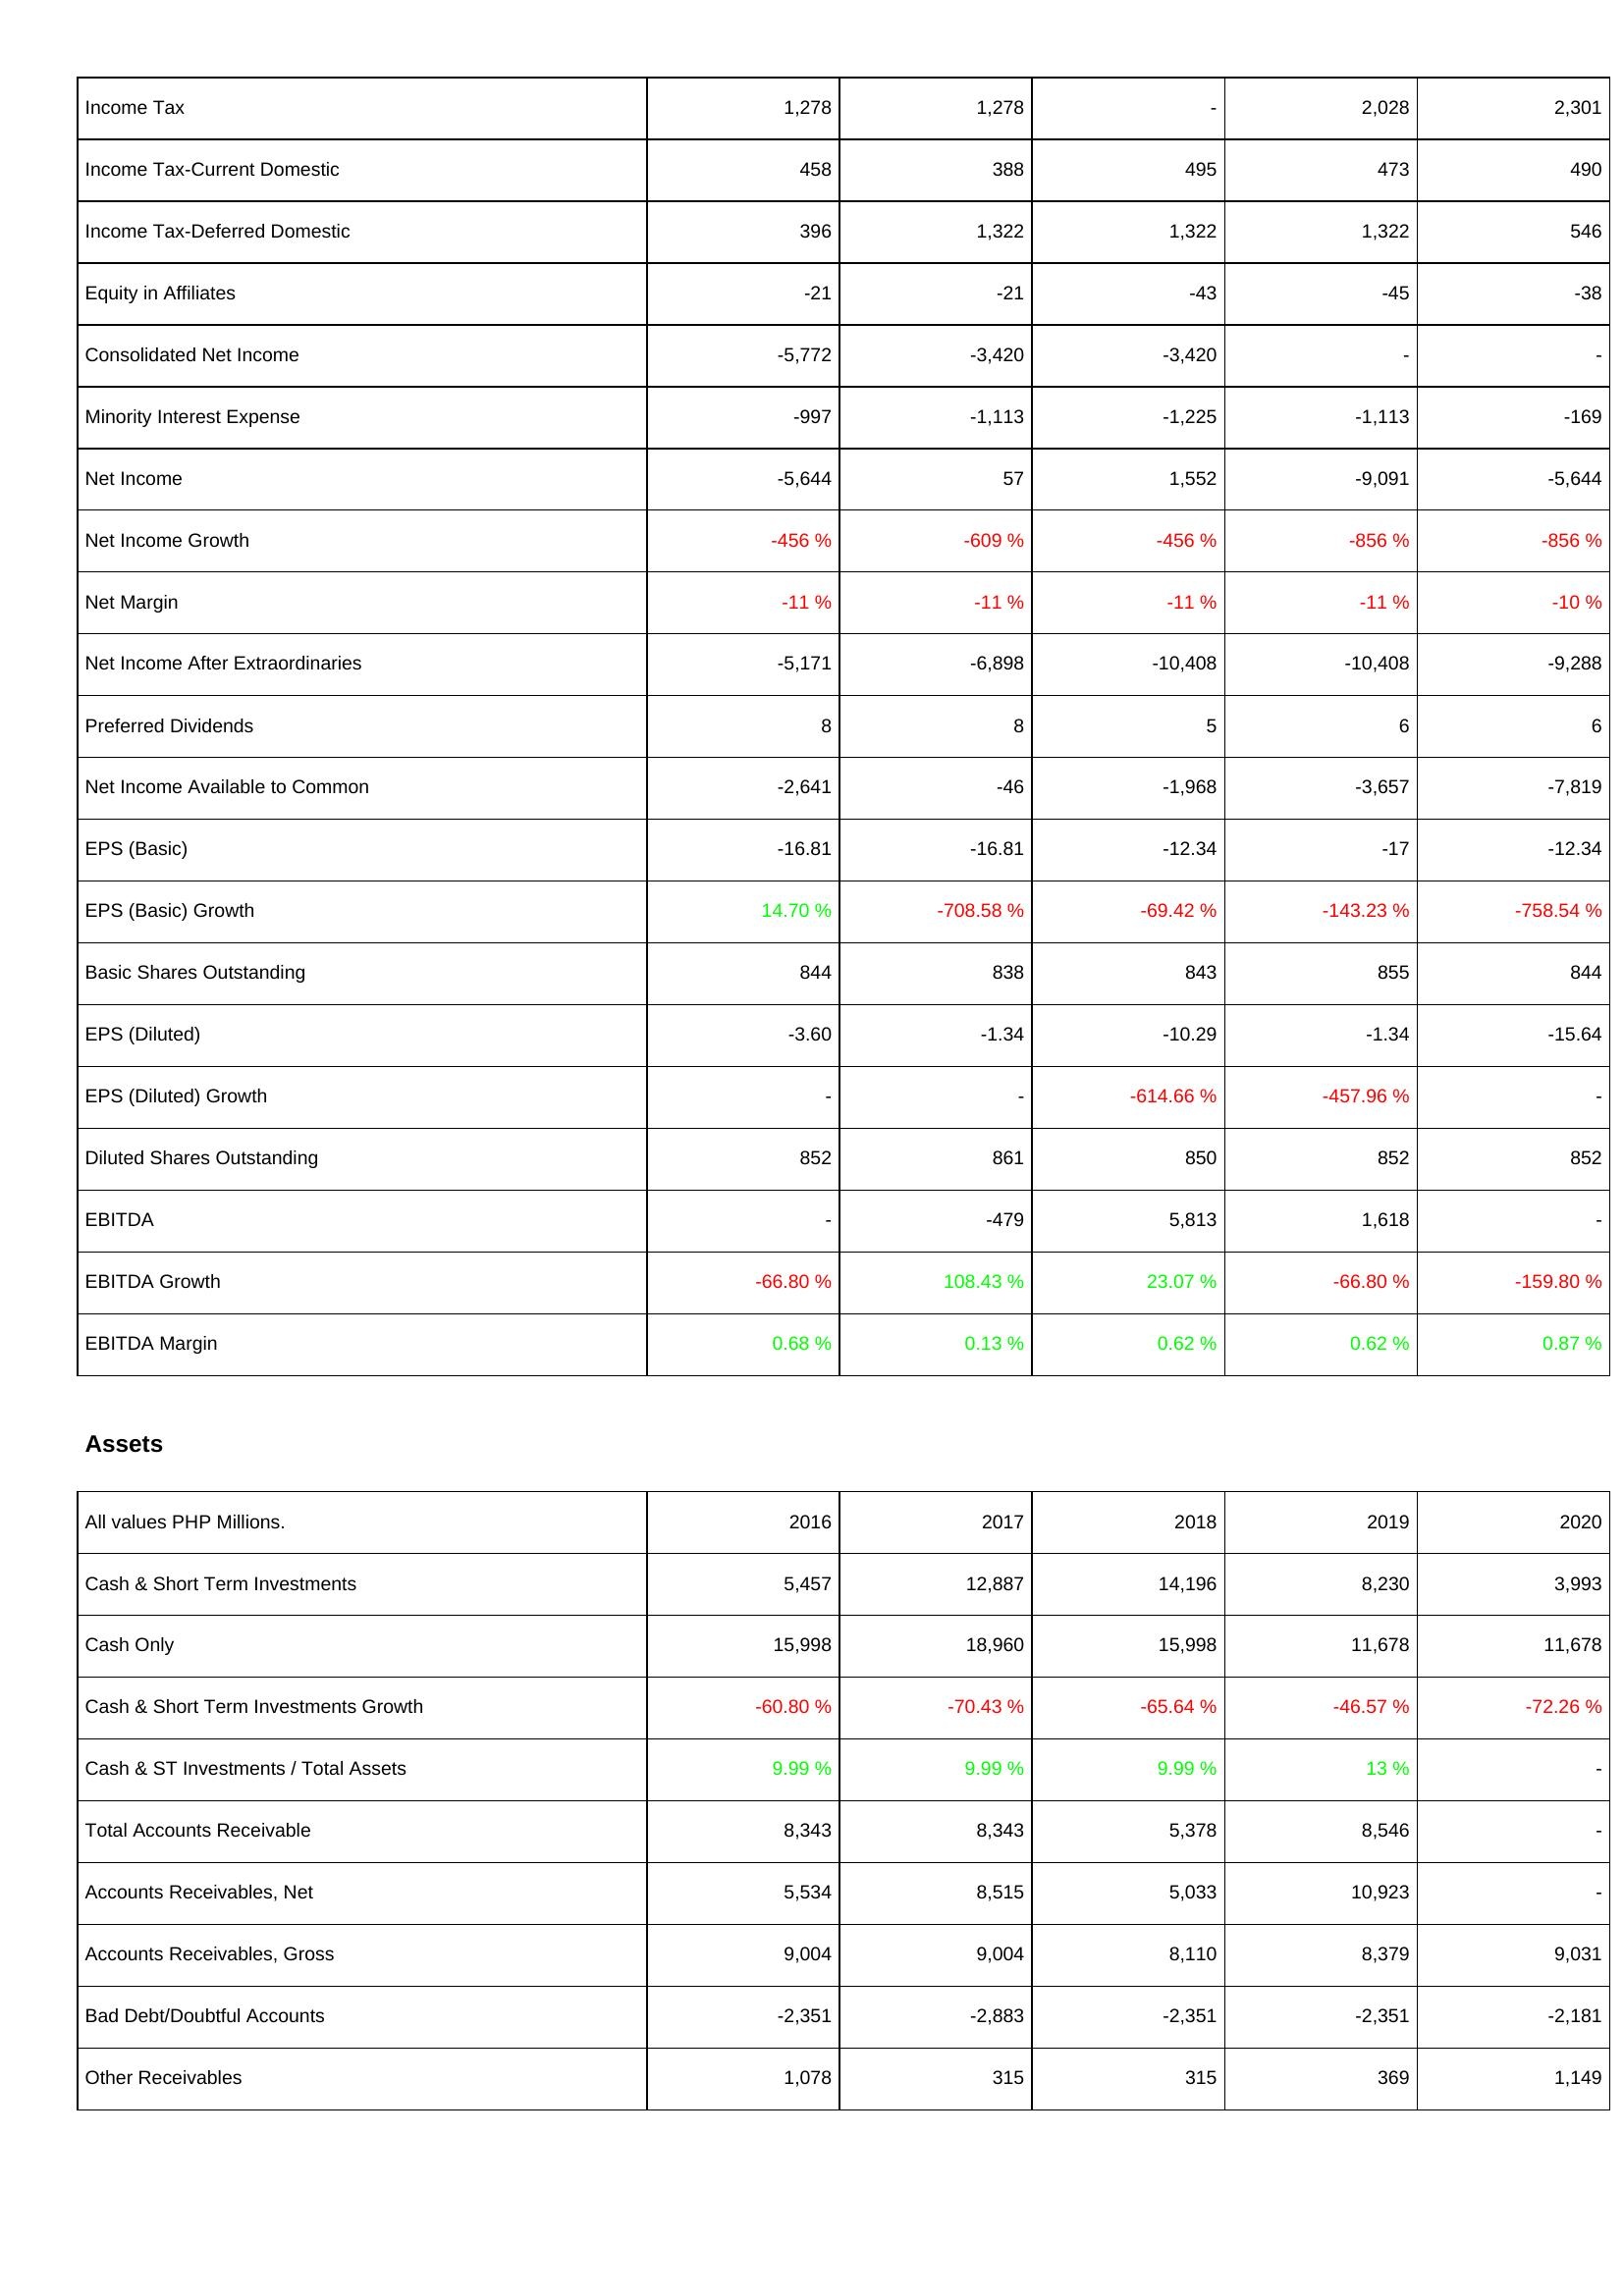
2016: Income Statement: Income Tax: 1,278
Income Tax-Current Domestic: 458
Income Tax-Deferred Domestic: 396
Equity in Affiliates: -21
Consolidated Net Income: -5,772
Minority Interest Expense: -997
Net Income: -5,644
Net Income Growth: -456 %
Net Margin: -11 %
Net Income After Extraordinaries: -5,171
Preferred Dividends: 8
Net Income Available to Common: -2,641
EPS (Basic): -16.81
EPS (Basic) Growth: 14.70 %
Basic Shares Outstanding: 844
EPS (Diluted): -3.60
EPS (Diluted) Growth: -
Diluted Shares Outstanding: 852
EBITDA: -
EBITDA Growth: -66.80 %
EBITDA Margin: 0.68 %
Assets: Cash & Short Term Investments: 5,457
Cash Only: 15,998
Cash & Short Term Investments Growth: -60.80 %
Cash & ST Investments / Total Assets: 9.99 %
Total Accounts Receivable: 8,343
Accounts Receivables, Net: 5,534
Accounts Receivables, Gross: 9,004
Bad Debt/Doubtful Accounts: -2,351
Other Receivables: 1,078
2017: Income Statement: Income Tax: 1,278
Income Tax-Current Domestic: 388
Income Tax-Deferred Domestic: 1,322
Equity in Affiliates: -21
Consolidated Net Income: -3,420
Minority Interest Expense: -1,113
Net Income: 57
Net Income Growth: -609 %
Net Margin: -11 %
Net Income After Extraordinaries: -6,898
Preferred Dividends: 8
Net Income Available to Common: -46
EPS (Basic): -16.81
EPS (Basic) Growth: -708.58 %
Basic Shares Outstanding: 838
EPS (Diluted): -1.34
EPS (Diluted) Growth: -
Diluted Shares Outstanding: 861
EBITDA: -479
EBITDA Growth: 108.43 %
EBITDA Margin: 0.13 %
Assets: Cash & Short Term Investments: 12,887
Cash Only: 18,960
Cash & Short Term Investments Growth: -70.43 %
Cash & ST Investments / Total Assets: 9.99 %
Total Accounts Receivable: 8,343
Accounts Receivables, Net: 8,515
Accounts Receivables, Gross: 9,004
Bad Debt/Doubtful Accounts: -2,883
Other Receivables: 315
2018: Income Statement: Income Tax: -
Income Tax-Current Domestic: 495
Income Tax-Deferred Domestic: 1,322
Equity in Affiliates: -43
Consolidated Net Income: -3,420
Minority Interest Expense: -1,225
Net Income: 1,552
Net Income Growth: -456 %
Net Margin: -11 %
Net Income After Extraordinaries: -10,408
Preferred Dividends: 5
Net Income Available to Common: -1,968
EPS (Basic): -12.34
EPS (Basic) Growth: -69.42 %
Basic Shares Outstanding: 843
EPS (Diluted): -10.29
EPS (Diluted) Growth: -614.66 %
Diluted Shares Outstanding: 850
EBITDA: 5,813
EBITDA Growth: 23.07 %
EBITDA Margin: 0.62 %
Assets: Cash & Short Term Investments: 14,196
Cash Only: 15,998
Cash & Short Term Investments Growth: -65.64 %
Cash & ST Investments / Total Assets: 9.99 %
Total Accounts Receivable: 5,378
Accounts Receivables, Net: 5,033
Accounts Receivables, Gross: 8,110
Bad Debt/Doubtful Accounts: -2,351
Other Receivables: 315
2019: Income Statement: Income Tax: 2,028
Income Tax-Current Domestic: 473
Income Tax-Deferred Domestic: 1,322
Equity in Affiliates: -45
Consolidated Net Income: -
Minority Interest Expense: -1,113
Net Income: -9,091
Net Income Growth: -856 %
Net Margin: -11 %
Net Income After Extraordinaries: -10,408
Preferred Dividends: 6
Net Income Available to Common: -3,657
EPS (Basic): -17
EPS (Basic) Growth: -143.23 %
Basic Shares Outstanding: 855
EPS (Diluted): -1.34
EPS (Diluted) Growth: -457.96 %
Diluted Shares Outstanding: 852
EBITDA: 1,618
EBITDA Growth: -66.80 %
EBITDA Margin: 0.62 %
Assets: Cash & Short Term Investments: 8,230
Cash Only: 11,678
Cash & Short Term Investments Growth: -46.57 %
Cash & ST Investments / Total Assets: 13 %
Total Accounts Receivable: 8,546
Accounts Receivables, Net: 10,923
Accounts Receivables, Gross: 8,379
Bad Debt/Doubtful Accounts: -2,351
Other Receivables: 369
2020: Income Statement: Income Tax: 2,301
Income Tax-Current Domestic: 490
Income Tax-Deferred Domestic: 546
Equity in Affiliates: -38
Consolidated Net Income: -
Minority Interest Expense: -169
Net Income: -5,644
Net Income Growth: -856 %
Net Margin: -10 %
Net Income After Extraordinaries: -9,288
Preferred Dividends: 6
Net Income Available to Common: -7,819
EPS (Basic): -12.34
EPS (Basic) Growth: -758.54 %
Basic Shares Outstanding: 844
EPS (Diluted): -15.64
EPS (Diluted) Growth: -
Diluted Shares Outstanding: 852
EBITDA: -
EBITDA Growth: -159.80 %
EBITDA Margin: 0.87 %
Assets: Cash & Short Term Investments: 3,993
Cash Only: 11,678
Cash & Short Term Investments Growth: -72.26 %
Cash & ST Investments / Total Assets: -
Total Accounts Receivable: -
Accounts Receivables, Net: -
Accounts Receivables, Gross: 9,031
Bad Debt/Doubtful Accounts: -2,181
Other Receivables: 1,149